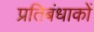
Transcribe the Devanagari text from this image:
प्रतिबंधाकों